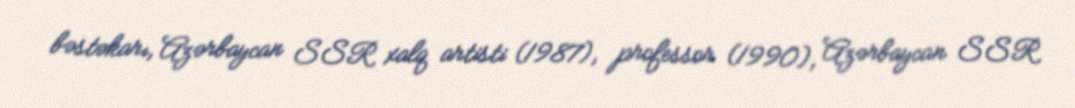
bəstəkarı, Azərbaycan SSR xalq artisti (1987), professor (1990), Azərbaycan SSR